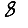
Digit: 8